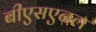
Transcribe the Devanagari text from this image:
बीएसएनल